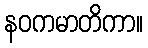
နဝကမာတိကာ။